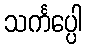
သင်္ကပ္ပေါ